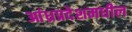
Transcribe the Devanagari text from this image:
आंध्रप्रदेशमधील